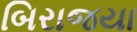
બિરાજયા